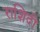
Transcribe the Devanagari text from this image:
राशिदी